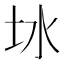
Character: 𪢿